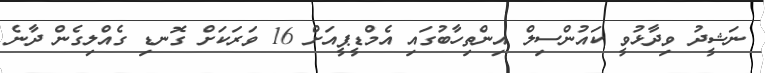
ނަޝީދު ވިދާޅުވީ ކައުންސިލް އިންތިހާބުގައި އެމްޑީޕީއަށް 16 ވަރަކަށް ގޮނޑި ގެއްލިގެން ދާނެ